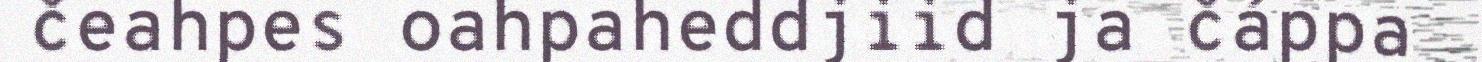
čeahpes oahpaheddjiid ja čáppa